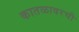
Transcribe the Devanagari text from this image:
कातळावरची